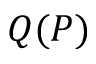
Q ( P )